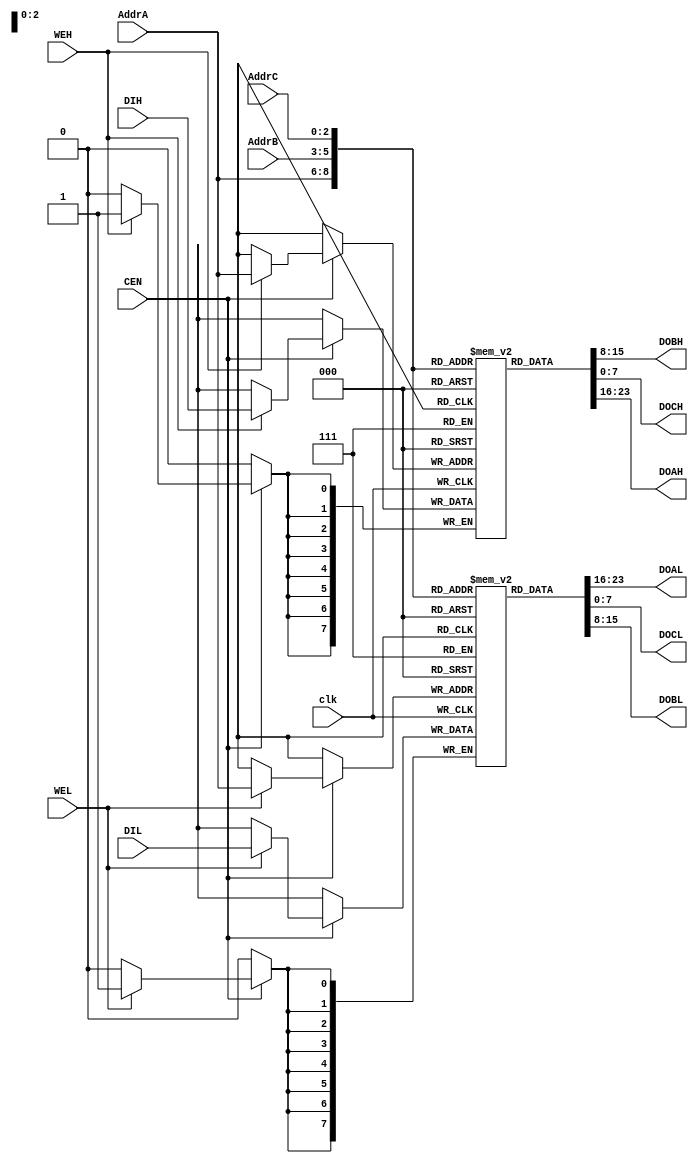
//
// TV80 8-Bit Microprocessor Core
// Based on the VHDL T80 core by Daniel Wallner (jesus@opencores.org)
//
// Copyright (c) 2004 Guy Hutchison (ghutchis@opencores.org)
//
// Permission is hereby granted, free of charge, to any person obtaining a 
// copy of this software and associated documentation files (the "Software"), 
// to deal in the Software without restriction, including without limitation 
// the rights to use, copy, modify, merge, publish, distribute, sublicense, 
// and/or sell copies of the Software, and to permit persons to whom the 
// Software is furnished to do so, subject to the following conditions:
//
// The above copyright notice and this permission notice shall be included 
// in all copies or substantial portions of the Software.
//
// THE SOFTWARE IS PROVIDED "AS IS", WITHOUT WARRANTY OF ANY KIND, 
// EXPRESS OR IMPLIED, INCLUDING BUT NOT LIMITED TO THE WARRANTIES OF 
// MERCHANTABILITY, FITNESS FOR A PARTICULAR PURPOSE AND NONINFRINGEMENT. 
// IN NO EVENT SHALL THE AUTHORS OR COPYRIGHT HOLDERS BE LIABLE FOR ANY 
// CLAIM, DAMAGES OR OTHER LIABILITY, WHETHER IN AN ACTION OF CONTRACT, 
// TORT OR OTHERWISE, ARISING FROM, OUT OF OR IN CONNECTION WITH THE 
// SOFTWARE OR THE USE OR OTHER DEALINGS IN THE SOFTWARE.

`timescale 1 ps / 1 ps

module tv80_reg (/*AUTOARG*/
  // Outputs
  DOBH, DOAL, DOCL, DOBL, DOCH, DOAH, 
  // Inputs
  AddrC, AddrA, AddrB, DIH, DIL, clk, CEN, WEH, WEL
  );
    input  [2:0] AddrC;
    output [7:0] DOBH;
    input  [2:0] AddrA;
    input  [2:0] AddrB;
    input  [7:0] DIH;
    output [7:0] DOAL;
    output [7:0] DOCL;
    input  [7:0] DIL;
    output [7:0] DOBL;
    output [7:0] DOCH;
    output [7:0] DOAH;
    input  clk, CEN, WEH, WEL;

  reg [7:0] RegsH [0:7];
  reg [7:0] RegsL [0:7];

  always @(posedge clk)
    begin
      if (CEN)
        begin
          if (WEH) RegsH[AddrA] <= DIH;
          if (WEL) RegsL[AddrA] <= DIL;
        end
    end
          
  assign DOAH = RegsH[AddrA];
  assign DOAL = RegsL[AddrA];
  assign DOBH = RegsH[AddrB];
  assign DOBL = RegsL[AddrB];
  assign DOCH = RegsH[AddrC];
  assign DOCL = RegsL[AddrC];

  // break out ram bits for waveform debug
// synopsys translate_off
  wire [7:0] B = RegsH[0];
  wire [7:0] BP = RegsH[4];
  wire [7:0] C = RegsL[0];
  wire [7:0] CP = RegsL[4];
  wire [7:0] D/*verilator public_flat*/ = RegsH[1];
  wire [7:0] DP = RegsH[5];
  wire [7:0] E/*verilator public_flat*/ = RegsL[1];
  wire [7:0] EP = RegsL[5];
  wire [7:0] H = RegsH[2];
  wire [7:0] HP = RegsH[6];
  wire [7:0] L = RegsL[2];
  wire [7:0] LP = RegsL[6];

  wire [15:0] IX = { RegsH[3], RegsL[3] };
  wire [15:0] IY = { RegsH[7], RegsL[7] };
// synopsys translate_on
  
endmodule